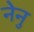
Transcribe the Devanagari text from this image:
नेनु